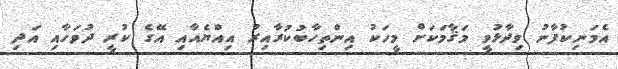
އެމަނިކުފާނު ވިދާޅުވީ މަޤާމަކަށް މީހަކު އިންތިހާބުކުރާއިރު އިއްޔެއާއި އޭގެ ކުރީ ދުވަހާއި އަދި